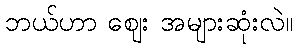
ဘယ်ဟာ ဈေး အများဆုံးလဲ။